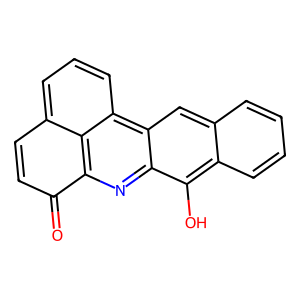
SMILES: O=C1C=Cc2cccc3c2c1nc1c(O)c2ccccc2cc13
Inhibits HIV replication: No